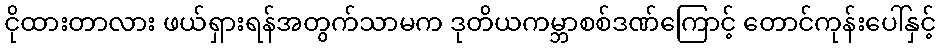
ငိုထားတာလား ဖယ်ရှားရန်အတွက်သာမက ဒုတိယကမ္ဘာစစ်ဒဏ်ကြောင့် တောင်ကုန်းပေါ်နှင့်